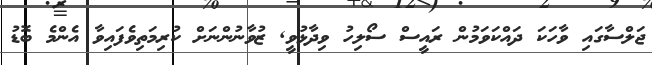
ޖަލްސާގައި ވާހަކަ ދައްކަވަމުން ރައީސް ސޯލިހު ވިދާޅުވީ